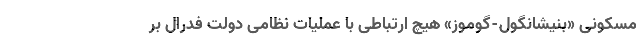
مسکونی «بنیشانگول-گوموز» هیچ ارتباطی با عملیات نظامی دولت فدرال بر